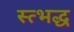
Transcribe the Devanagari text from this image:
स्त्भद्ध